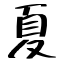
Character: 夏